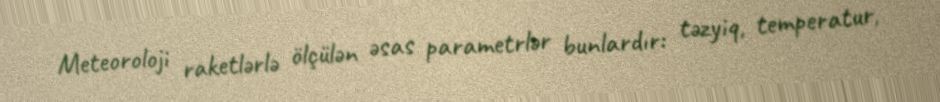
Meteoroloji raketlərlə ölçülən əsas parametrlər bunlardır: təzyiq, temperatur,